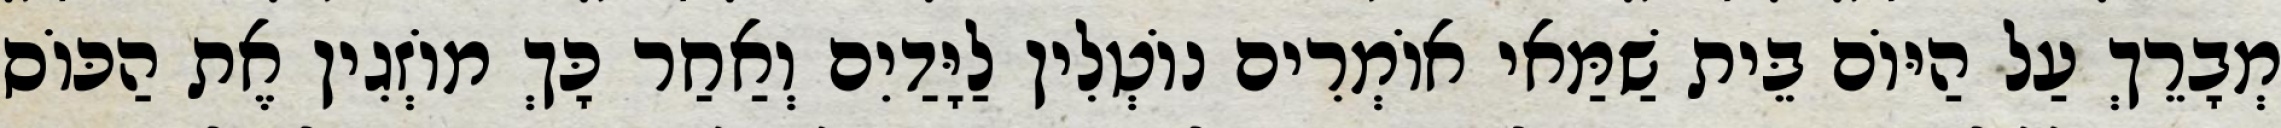
מְבָרֵךְ עַל הַיּוֹם בֵּית שַׁמַּאי אוֹמְרִים נוֹטְלִין לַיָּדַיִם וְאַחַר כָּךְ מוֹזְגִין אֶת הַכּוֹס